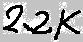
Text: 2.2K